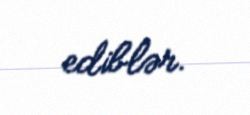
ediblər.